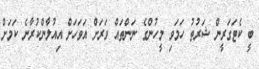
ބީ ކެޓަގަރީން ޝަރުތު ހަމަވި މީހުންގެ ނަންތައް ވަރަށް އަވަހަށް އިއުލާންކުރާނެ ކަމަށް